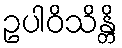
ဥပါဝိသိန္တိ